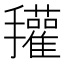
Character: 𰔽